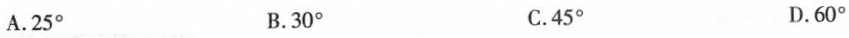
A.25° B.30° C.45° D.60°